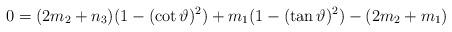
LaTeX: \begin{align*} 0=(2m_{2}+n_{3})(1-(\cot \vartheta )^{2})+m_{1}(1-(\tan \vartheta )^{2})-(2m_{2}+m_{1})\end{align*}